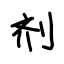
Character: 剂